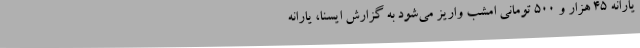
یارانه 45 هزار و 500 تومانی امشب واریز می‌شود به گزارش ایسنا، یارانه